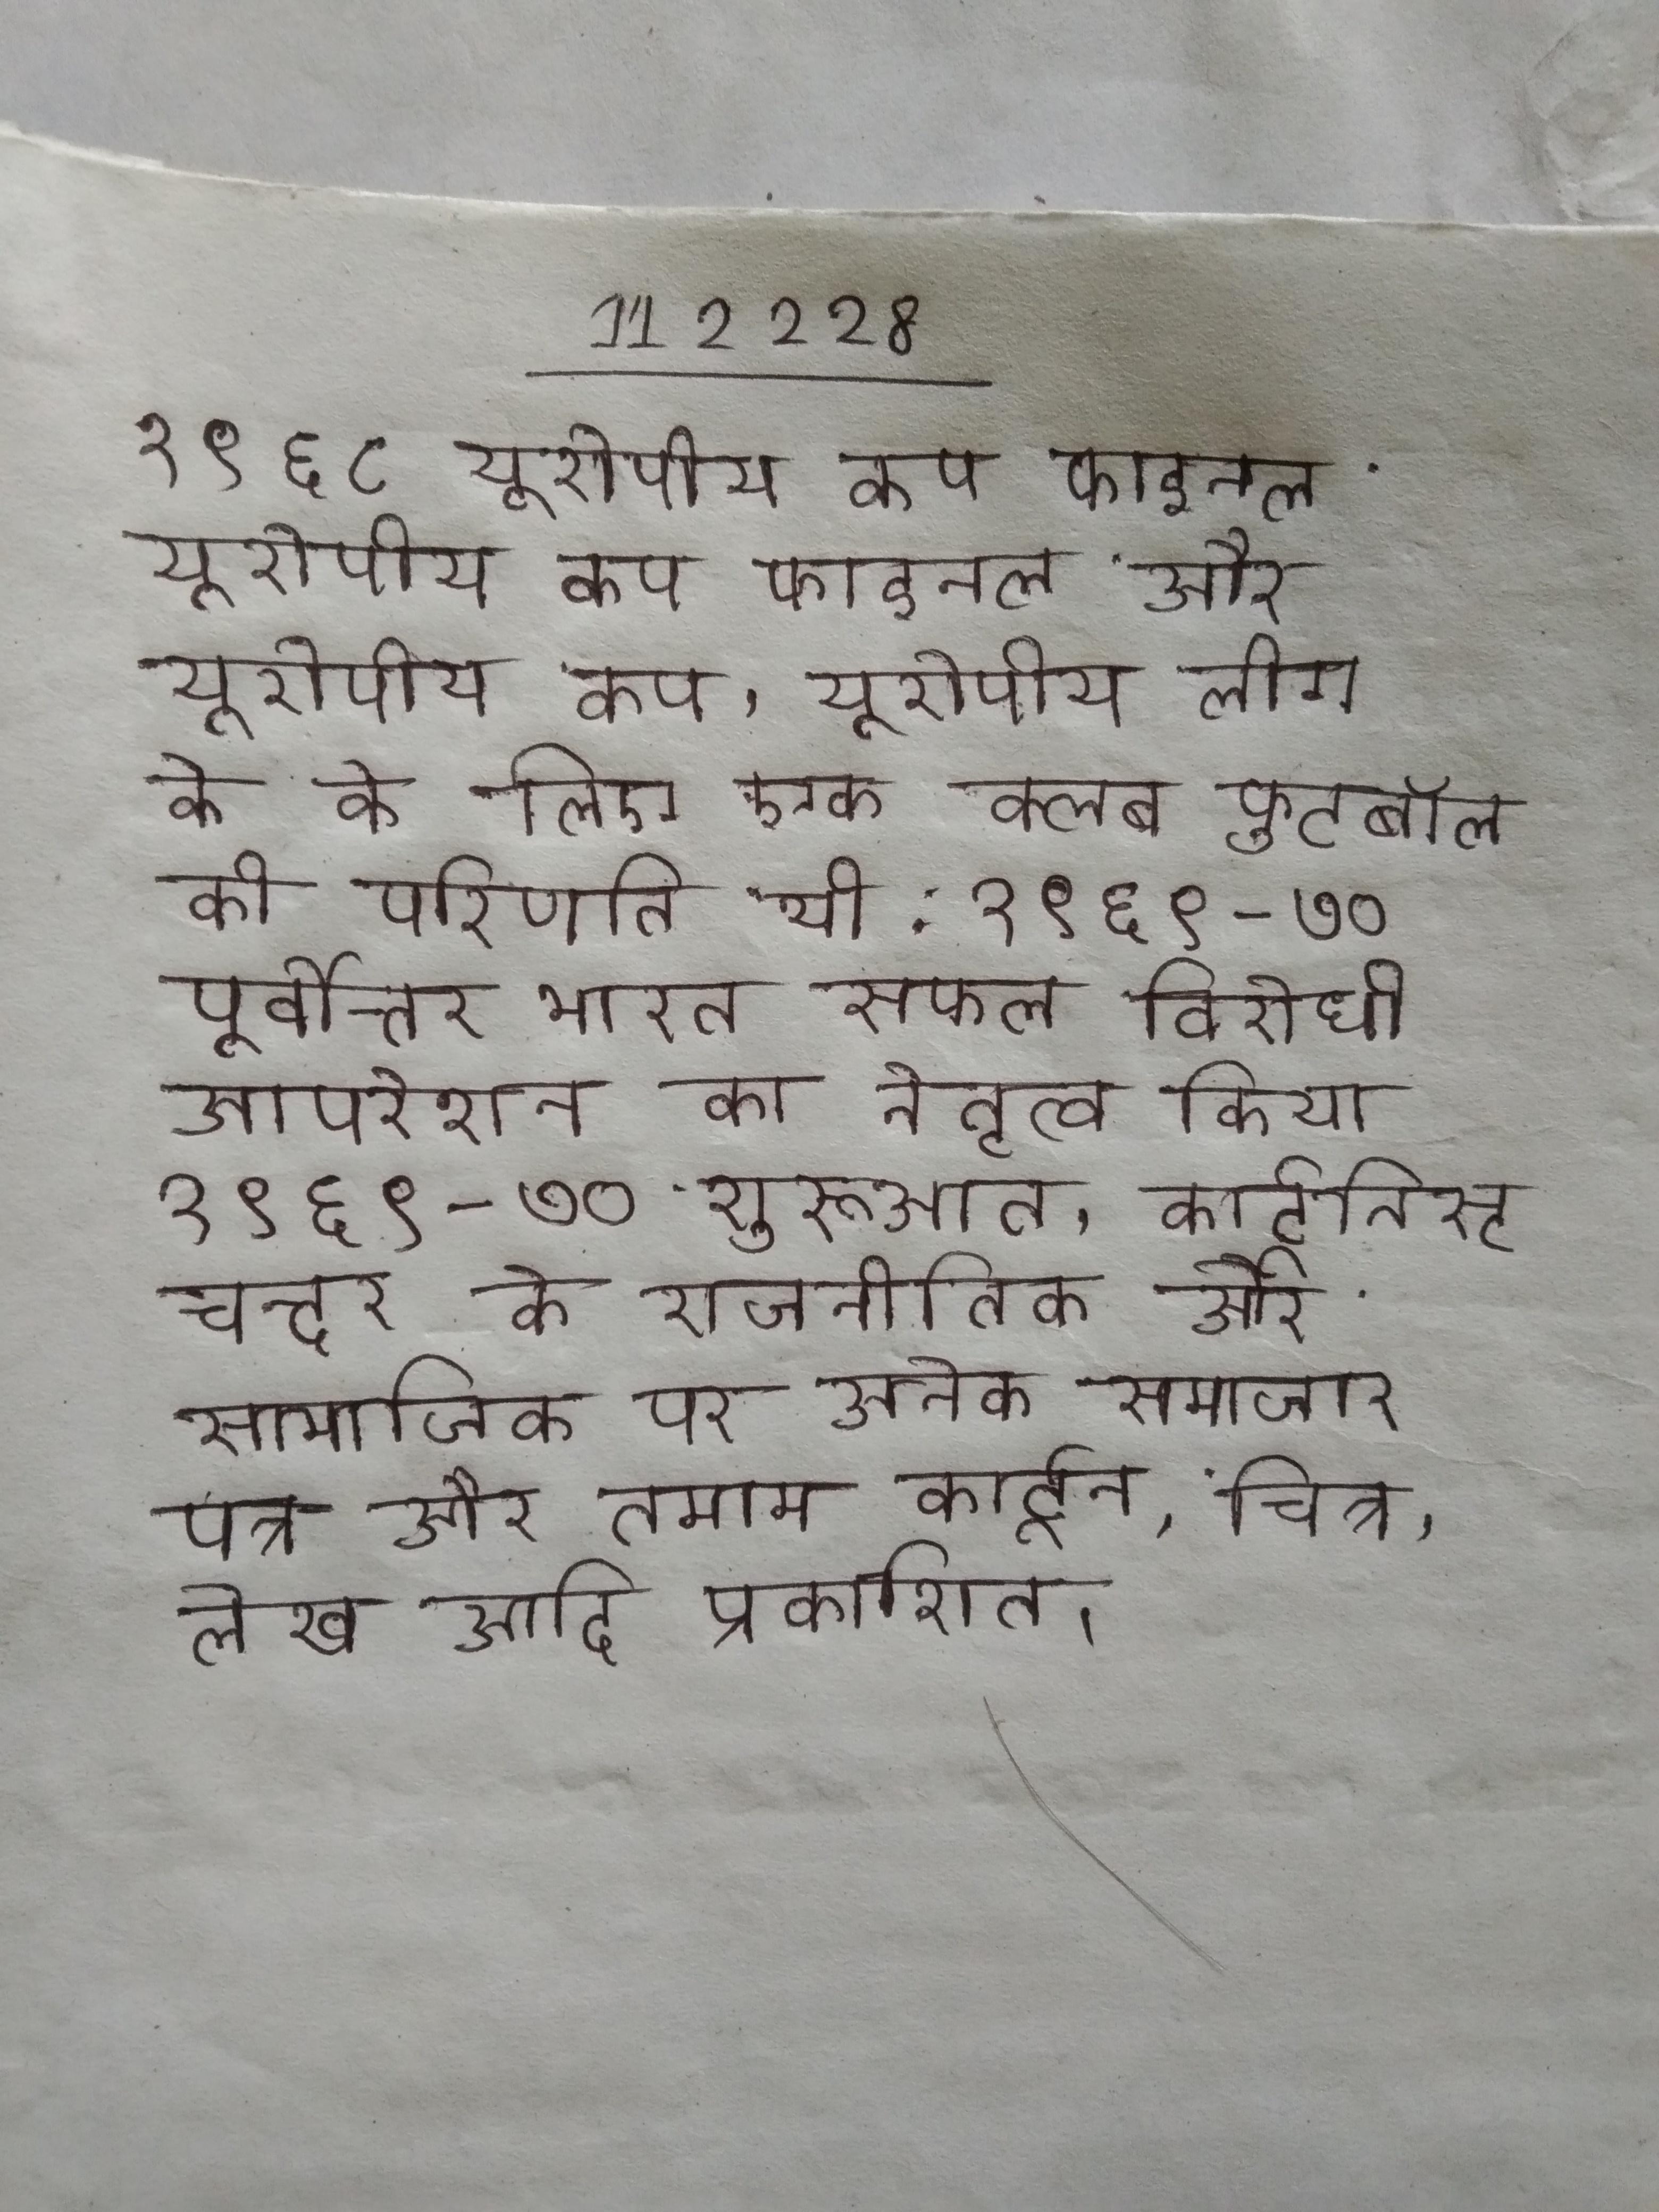
१९६८ यूरोपीय कप फाइनल यूरोपीय कप फाइनल और यूरोपीय कप, यूरोपीय लीग के के लिए एक क्लब फुटबॉल की परिणति थी . १९६९-७० पूर्वोत्तर भारत सफल विरोधी आपरेशन का नेतृत्व किया । १९६९-७० शुरूआत, कार्टूनिस्ट चन्दर के राजनीतिक और सामाजिक पर अनेक समाचार पत्र और तमाम कार्टून, चित्र, लेख आदि प्रकाशित ।